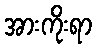
အားကိုးရာ